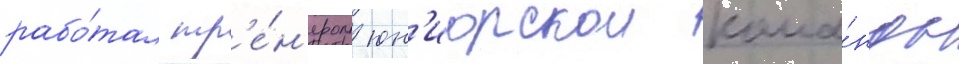
рабо́тал тр'е́н'ером юн'иорскои кома́нды